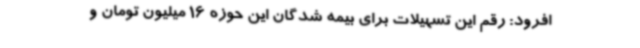
افرود: رقم این تسهیلات برای بیمه شدگان این حوزه 16 میلیون تومان و